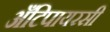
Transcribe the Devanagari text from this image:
अँटिपायरसी